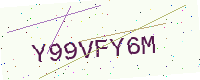
Text: Y99VFY6M